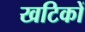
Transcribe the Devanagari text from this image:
खटिकों